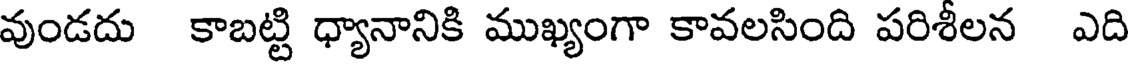
వుండదు కాబట్టి ధ్యానానికి ముఖ్యంగా కావలసింది పరిశీలన ఎది